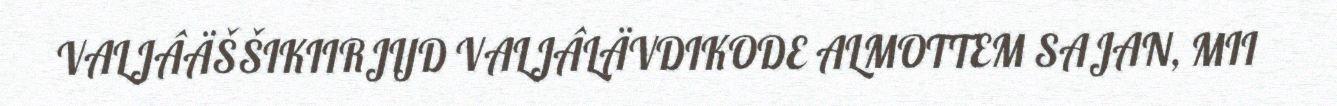
VALJÂÄŠŠIKIIRJIJD VALJÂLÄVDIKODE ALMOTTEM SAJAN, MII